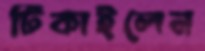
টিকাইলেন